Scottish Certificate of Education, 1962
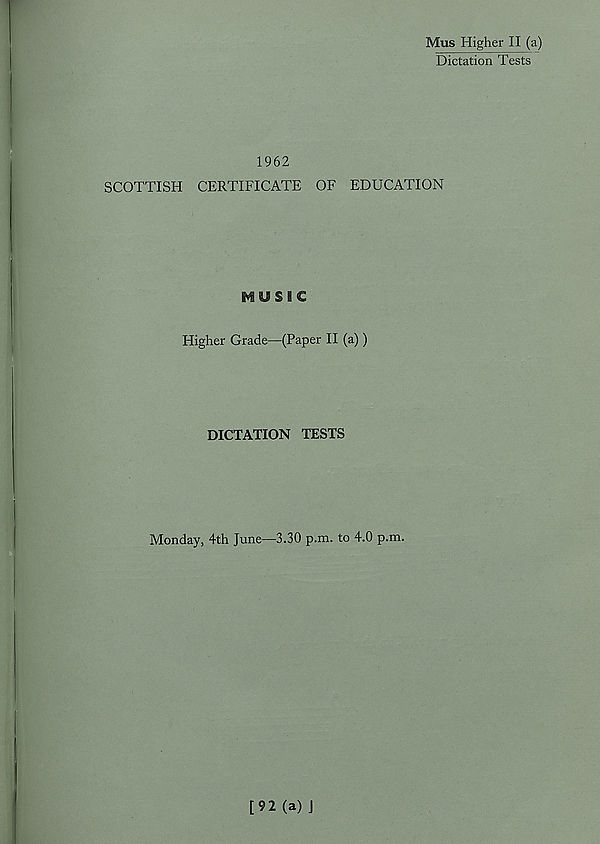
I
Mus Higher II (a)
Dictation Tests
1962
SCOTTISH CERTIFICATE OF EDUCATION
I^USSC
Higher Grade—(Paper II (a))
DICTATION TESTS
Monday, 4th June—3.30 p.m. to 4.0 p.m.
[92 (a) J